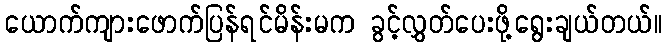
ယောက်ကျားဖောက်ပြန်ရင်မိန်းမက ခွင့်လွှတ်ပေးဖို့ရွေးချယ်တယ်။